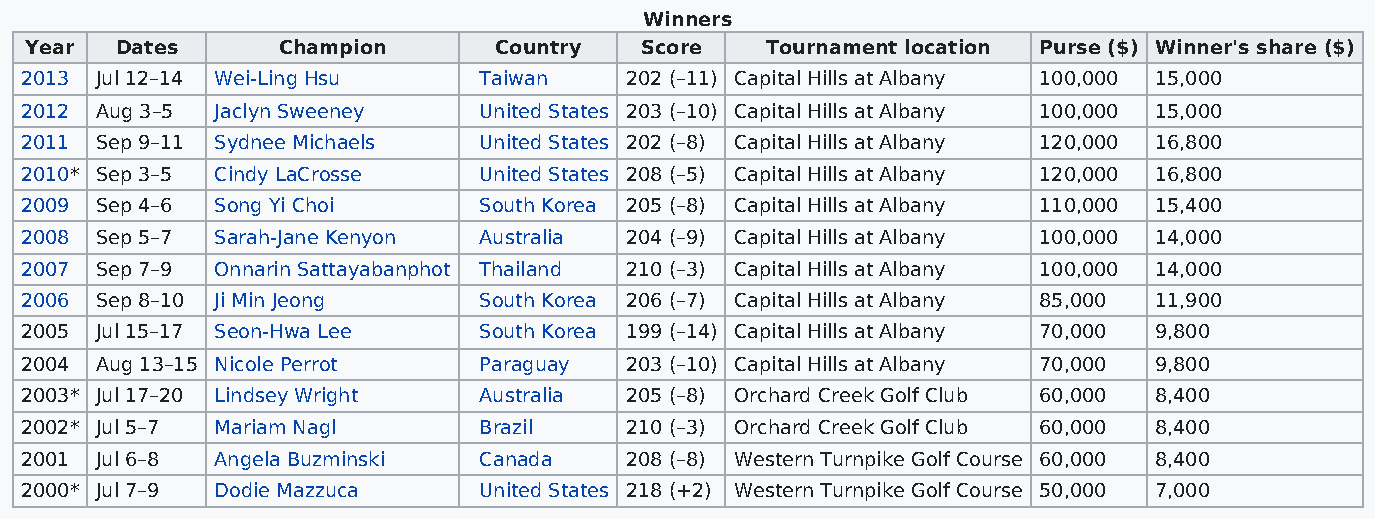
Winners
 Year  Dates     Champion       Country  Score    Tournament location Purse ($) Winner's share ($)
 2013 Jul 12–14 Wei-Ling Hsu    Taiwan   202 (–11) Capital Hills at Albany 100,000 15,000
 2012 Aug 3–5 Jaclyn Sweeney    United States 203 (–10) Capital Hills at Albany 100,000 15,000
 2011 Sep 9–11 Sydnee Michaels  United States 202 (–8) Capital Hills at Albany 120,000 16,800
 2010* Sep 3–5 Cindy LaCrosse   United States 208 (–5) Capital Hills at Albany 120,000 16,800
 2009 Sep 4–6 Song Yi Choi      South Korea 205 (–8) Capital Hills at Albany 110,000 15,400
 2008 Sep 5–7 Sarah-Jane Kenyon Australia 204 (–9) Capital Hills at Albany 100,000 14,000
 2007 Sep 7–9 Onnarin Sattayabanphot Thailand 210 (–3) Capital Hills at Albany 100,000 14,000
 2006 Sep 8–10 Ji Min Jeong     South Korea 206 (–7) Capital Hills at Albany 85,000 11,900
 2005 Jul 15–17 Seon-Hwa Lee    South Korea 199 (–14) Capital Hills at Albany 70,000 9,800
 2004 Aug 13–15 Nicole Perrot   Paraguay 203 (–10) Capital Hills at Albany 70,000 9,800
 2003* Jul 17–20 Lindsey Wright Australia 205 (–8) Orchard Creek Golf Club 60,000 8,400
 2002* Jul 5–7 Mariam Nagl      Brazil   210 (–3) Orchard Creek Golf Club 60,000 8,400
 2001 Jul 6–8 Angela Buzminski  Canada   208 (–8) Western Turnpike Golf Course 60,000 8,400
 2000* Jul 7–9 Dodie Mazzuca    United States 218 (+2) Western Turnpike Golf Course 50,000 7,000